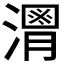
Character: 𱩒